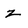
Character: z